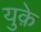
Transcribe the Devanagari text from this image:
युक़े